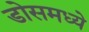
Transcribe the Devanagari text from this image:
डोसमध्ये